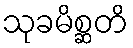
သုခမိစ္ဆတိ